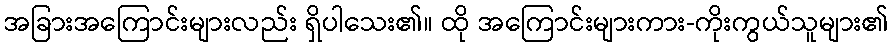
အခြားအကြောင်းများလည်း ရှိပါသေး၏။ ထို အကြောင်းများကား-ကိုးကွယ်သူများ၏